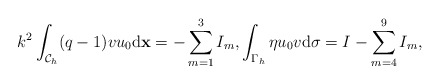
\begin{align*} k^2\int_{\mathcal C_h}(q-1)vu_0\mathrm d\mathbf x=-\sum_{m=1}^3I_m, \int_{\Gamma_h}\eta u_0v\mathrm d\sigma=I-\sum_{m=4}^9I_m, \end{align*}